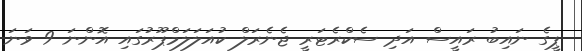
ޕީގެ ނައިބު ރައީސް އަދި ސެކްރެޓަރީ ޖެނެރަލް ކުއަލަލަމްޕޫރުގައި އޮންނަ 9 ވަނަ